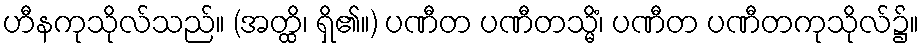
ဟီနကုသိုလ်သည်။ (အတ္ထိ၊ ရှိ၏။) ပဏီတ ပဏီတသ္မိံ၊ ပဏီတ ပဏီတကုသိုလ်၌။